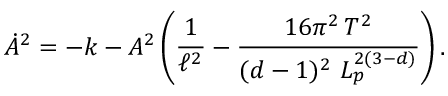
\dot { A } ^ { 2 } = - k - A ^ { 2 } \left( \frac { 1 } { \ell ^ { 2 } } - \frac { 1 6 \pi ^ { 2 } \, T ^ { 2 } } { ( d - 1 ) ^ { 2 } \, \, L _ { p } ^ { 2 ( 3 - d ) } } \right) .